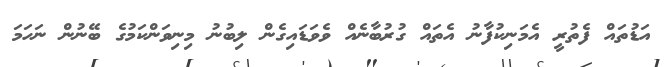
އަޑުތައް ފެތުރީ އެމަނިކުފާނު އެތައް ގުރުބާނެއް ވެވަޑައިގެން ލިބުނު މިނިވަންކަމުގެ ބޭނުން ނަހަމަ